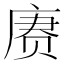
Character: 赓